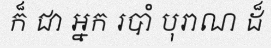
ក៏ ជា អ្នក របាំ បុរាណ ដ៏